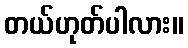
တယ်ဟုတ်ပါလား။